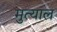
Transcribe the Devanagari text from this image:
मुत्याल